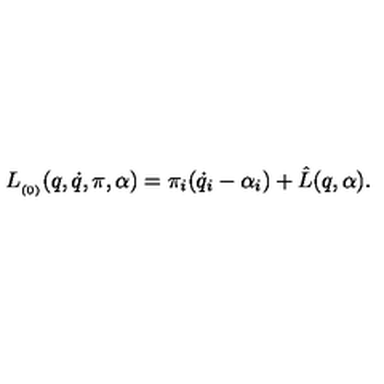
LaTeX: L _ { _ { ( 0 ) } } ( q , \dot { q } , \pi , \alpha ) = \pi _ { i } ( \dot { q } _ { i } - \alpha _ { i } ) + \hat { L } ( q , \alpha ) .